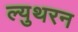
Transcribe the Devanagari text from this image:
ल्युथरन